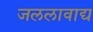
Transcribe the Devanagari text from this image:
जललावाद्य